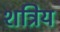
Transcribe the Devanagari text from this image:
शत्रिय